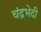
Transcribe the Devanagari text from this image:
चंद्रभेदी